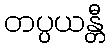
တပ္ပယန္တီ